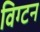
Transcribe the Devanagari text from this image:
विग्टन